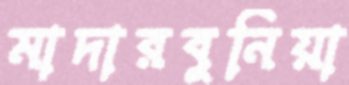
মাদারবুনিয়া